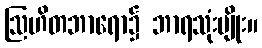
ဩဟိတဘာရော၌ ဘာရသုံးမျိုး။